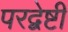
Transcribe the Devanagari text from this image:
परद्वेष्टी